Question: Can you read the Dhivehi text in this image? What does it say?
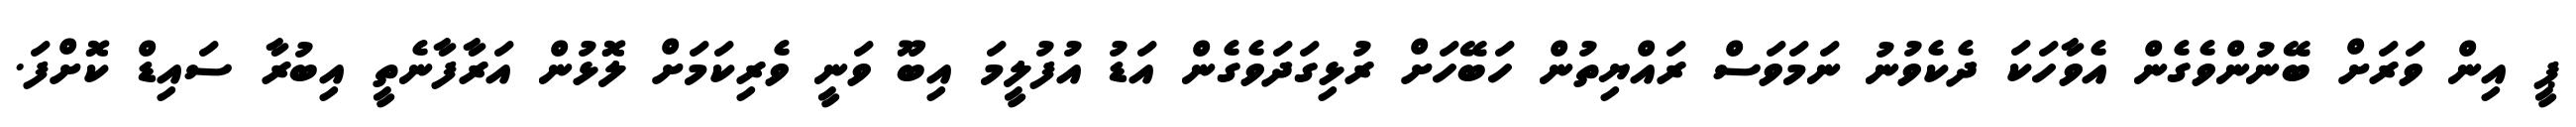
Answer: ޕީ އިން ވަރަށް ބޭނުންވެގެން އެވާހަކަ ދެކެވުނު ނަމަވަސް ރައްޔިތުން ހަބޭހަށް ރުޅިގަދަވެގެން އަޑު އުފުލީމަ އިބޫ ވަނީ ވެރިކަމަށް ލޮޅުން އަރާފާނެތީ އިބުރާ ސައިޑް ކޮށްފަ.